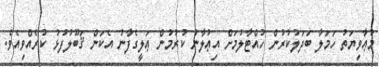
މުޢާވިޔަތު ހަމަލާ ބަދަލުކުރުން ހުއްޓާލުމަށް އިޢުލާނު ކުރުމުން ޢަލީގެފާނު އެކަން ޤަބޫލުފުޅު ކުރެއްވިއެވެ.